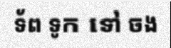
ទ័ព ទូក ទៅ ចង